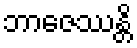
ဘာဇေဿန္တိ